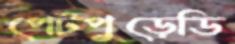
পেটপুড়েডি